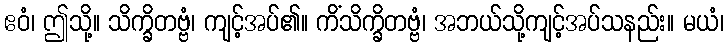
ဧဝံ၊ ဤသို့။ သိက္ခိတဗ္ဗံ၊ ကျင့်အပ်၏။ ကိံသိက္ခိတဗ္ဗံ၊ အဘယ်သို့ကျင့်အပ်သနည်း။ မယံ၊